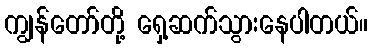
ကျွန်တော်တို့ ရှေ့ဆက်သွားနေပါတယ်။